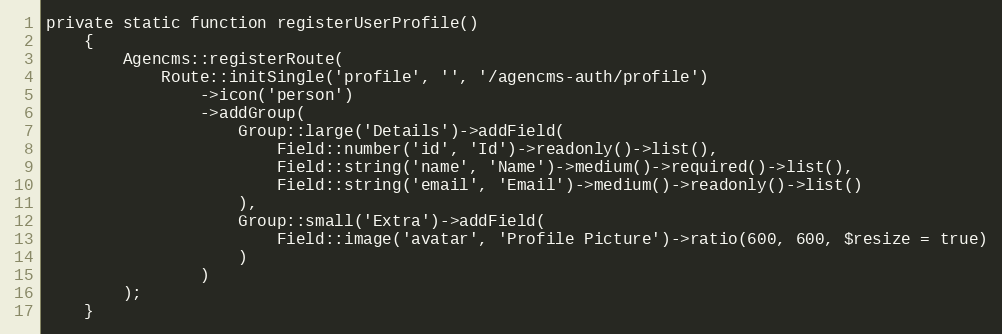
Language: PHP
private static function registerUserProfile()
    {
        Agencms::registerRoute(
            Route::initSingle('profile', '', '/agencms-auth/profile')
                ->icon('person')
                ->addGroup(
                    Group::large('Details')->addField(
                        Field::number('id', 'Id')->readonly()->list(),
                        Field::string('name', 'Name')->medium()->required()->list(),
                        Field::string('email', 'Email')->medium()->readonly()->list()
                    ),
                    Group::small('Extra')->addField(
                        Field::image('avatar', 'Profile Picture')->ratio(600, 600, $resize = true)
                    )
                )
        );
    }